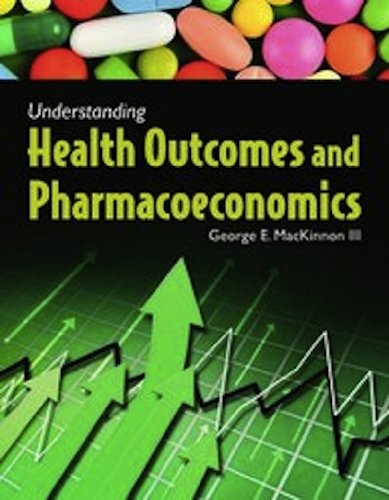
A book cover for Understanding Health Outcomes And Pharmacoeconomics; PhD, RPh, FASHP George E. MacKinnon III; Medical Books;